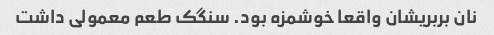
نان بربریشان واقعا خوشمزه بود. سنگک طعم معمولی داشت